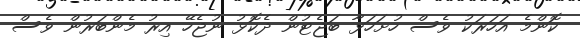
ކޮންމެ އަހަރަކު ވެސް ހުށަހަޅާ ބަޖެޓުން ދެކޮޅު ނުޖެހޭ އިރު މެންބަރުން ވެސް